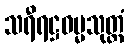
သရီရဋ္ဌဓမ္မသုတ္တံ